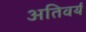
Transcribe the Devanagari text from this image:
अतिवर्य